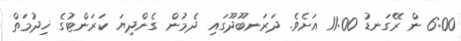
6:00 ން ރޭގަނޑު 11:00 އަށެވެ. ދަރަނބޫދޫގައި ދެމުން ގެންދިޔަ ކަރަންޓުގެ ޚިދުމަތް